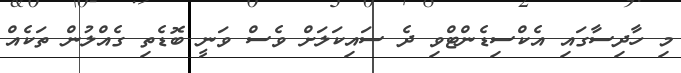
މި ހާދިސާގައި އެކްސިޑެންޓްވި ދެ ސައިކަލަށް ވެސް ވަނީ ބޮޑެތި ގެއްލުން ތަކެއް